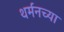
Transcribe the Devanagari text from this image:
थर्मनच्या